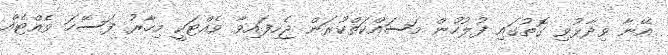
އޭނާ ވިދާޅުވި ގޮތުގައި ފުލުހުން މަސައްކަތްކުރަން ޖެހިފައިވާ ވެއްޓަކީ މިހާރު ފަސޭހަ ވެއްޓެއް